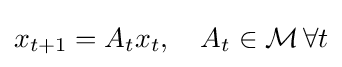
x_{t+1}=A_{t}x_{t},\quad A_{t}\in {\mathcal {M}}\,\forall t